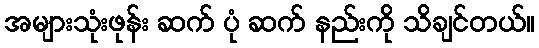
အများသုံးဖုန်း ဆက် ပုံ ဆက် နည်းကို သိချင်တယ်။